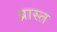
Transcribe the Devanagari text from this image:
प्रास्त